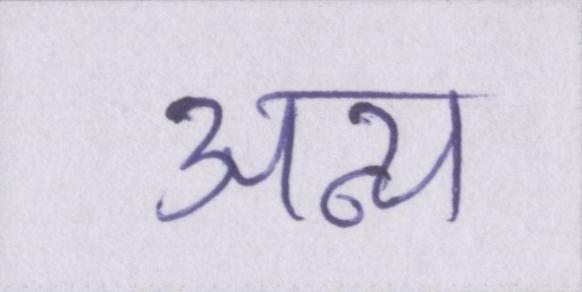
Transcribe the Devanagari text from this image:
अन्य